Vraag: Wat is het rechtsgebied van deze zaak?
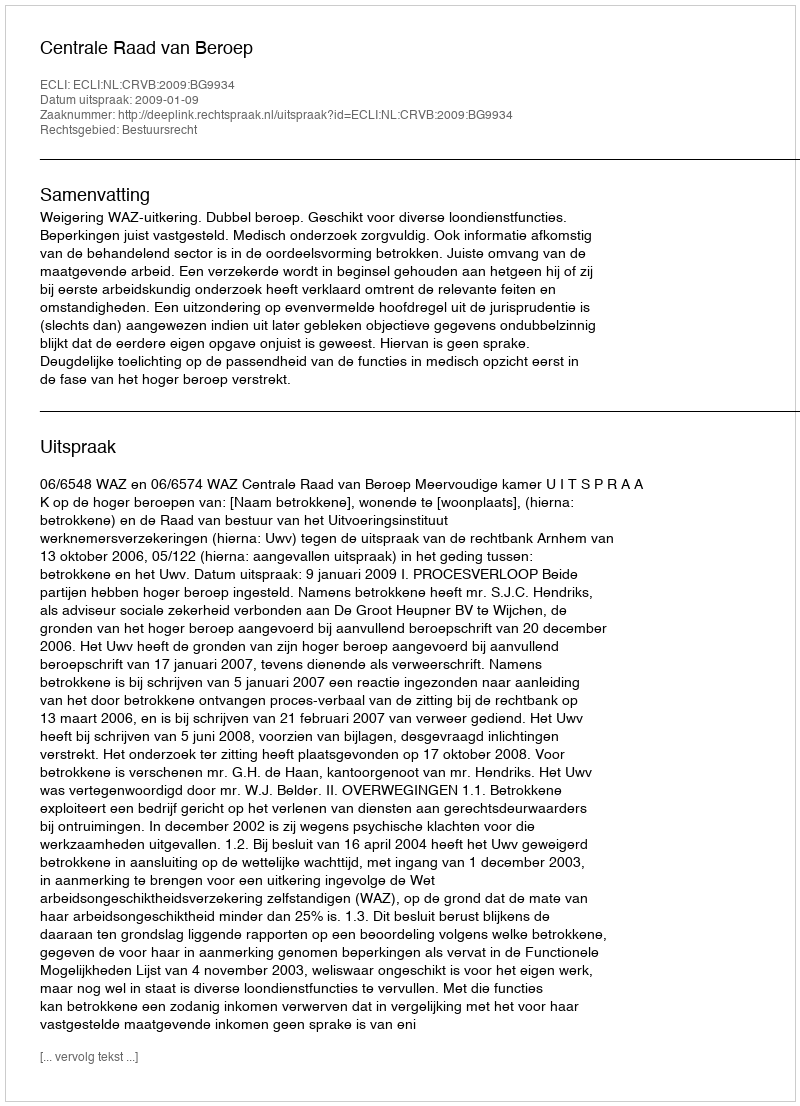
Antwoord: Bestuursrecht